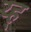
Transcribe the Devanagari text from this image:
य्ह्